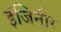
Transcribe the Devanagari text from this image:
इंजिनीर